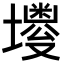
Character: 𪤫